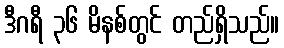
ဒီဂရီ ၃၆ မိနစ်တွင် တည်ရှိသည်။